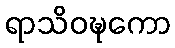
ရာသိဝဍ္ဎကော